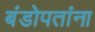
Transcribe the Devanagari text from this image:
बंडोपतांना